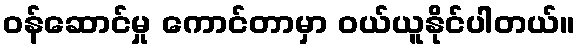
ဝန်ဆောင်မှု ကောင်တာမှာ ဝယ်ယူနိုင်ပါတယ်။